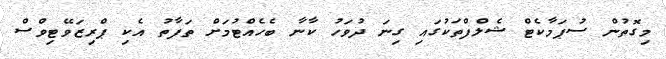
މިގޮތުން ސުޕަމާކެޓް ޝެލްފްތަކުގައި ގިނަ ދުވަހު ކާނާ ބެހެއްޓުމަށް ތަފާތު އެކި ޕްރިޒަވޭޓިވްސް